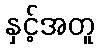
နှင့်အတူ